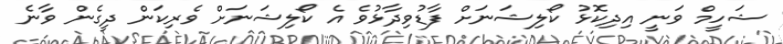
ޝަހީމް ވަނީ އިދިކޮޅު ކޯލިޝަނަށް ފާޑުވިދާޅުވެ އެ ކޯލިޝަނަށް ވެރިކަން ދީގެން ވާނެ